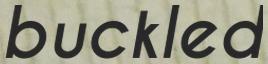
buckled